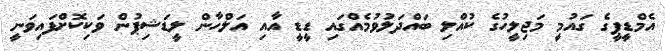
އެމްޑީޕީގެ ގައުމީ މަޖިލީހުގެ ކުއްލި ބައްދަލުވުމެއްގައި ޑީޑީ އާއި އަލްހާން ލީޑަޝިޕުން ވަކިކޮށްފައިވަނީ